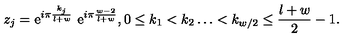
z _ { j } = \mathrm { e } ^ { i \pi \frac { k _ { j } } { l + w } } \ \mathrm { e } ^ { i \pi \frac { w - 2 } { l + w } } , 0 \leq k _ { 1 } < k _ { 2 } \dots < k _ { w / 2 } \leq \frac { l + w } { 2 } - 1 .